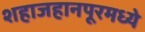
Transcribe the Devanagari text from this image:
शहाजहानपूरमध्ये